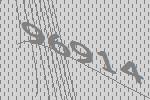
96914